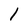
Character: 1